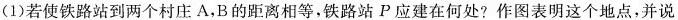
(1)若使铁路站到两个村庄A，B的距离相等，铁路站P应建在何处?作图表明这个地点，并说